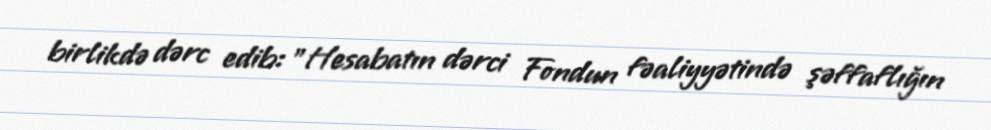
birlikdə dərc edib: "Hesabatın dərci Fondun fəaliyyətində şəffaflığın